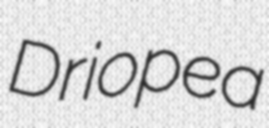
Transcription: Driopea